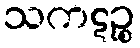
သကဋဉ္စ